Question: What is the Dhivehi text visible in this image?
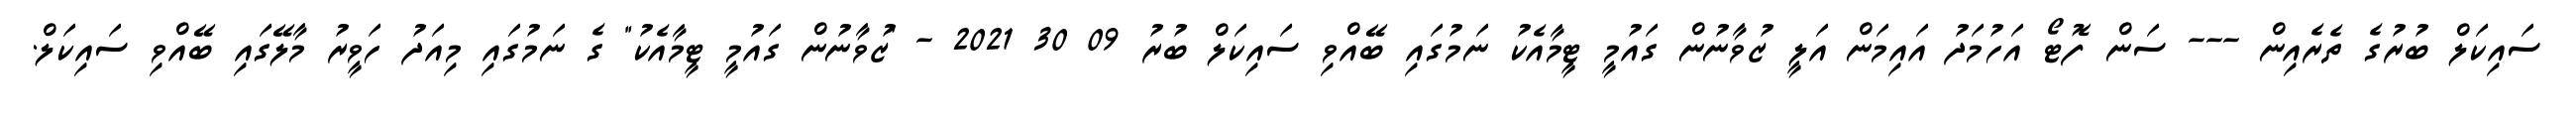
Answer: ސައިކަލް ބުރުގެ ތެރެއިން --- ސަން ފޮޓޯ އަހުމަދު އައިމަން އަލީ ޒުވާނުން ގައުމީ ޓީމާއެކު ނަމުގައި ބޭއްވި ސައިކަލް ބުރު 09 30 2021 - "ޒުވާނުން ގައުމީ ޓީމާއެކު" ގެ ނަމުގައި މިއަދު ހަވީރު މާލޭގައި ބޭއްވި ސައިކަލް.